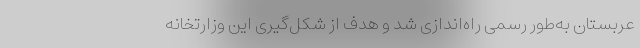
عربستان به‌طور رسمی راه‌اندازی شد و هدف از شکل‌گیری این وزارتخانه